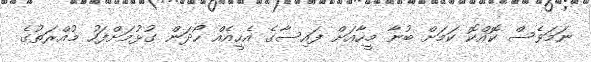
ނަމަވެސް ކޮއްކޮ ކަމަށް ބުނާ މީހާއަށް ފައިސާގެ އެހީއެއް ހޯދަން ގުޅުމަށްފަހު މުއްރަތުގެ